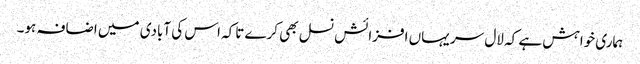
ہماری خواہش ہے کہ لال سر یہاں افزائش نسل بھی کرے تاکہ اس کی آبادی میں اضافہ ہو۔